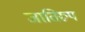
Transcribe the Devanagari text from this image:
जातिरूप